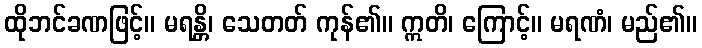
ထိုဘင်ခဏဖြင့်။ မရန္တိ၊ သေတတ် ကုန်၏။ ဣတိ၊ ကြောင့်။ မရဏံ၊ မည်၏။